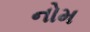
નોમ